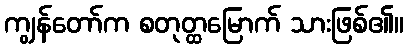
ကျွန်တော်က စတုတ္ထမြောက် သားဖြစ်၏။